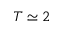
T \simeq 2